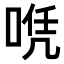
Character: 𠶉